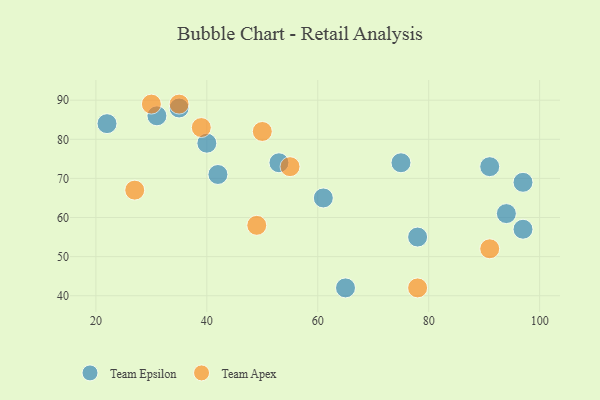
{"axis": {"x": "GDP", "y": "Life Expectancy"}, "legend": ["Team Apex", "Team Epsilon"], "data": [{"x": "97", "y": 57, "type": "Team Epsilon"}, {"x": "22", "y": 84, "type": "Team Epsilon"}, {"x": "42", "y": 71, "type": "Team Epsilon"}, {"x": "78", "y": 55, "type": "Team Epsilon"}, {"x": "97", "y": 69, "type": "Team Epsilon"}, {"x": "53", "y": 74, "type": "Team Epsilon"}, {"x": "31", "y": 86, "type": "Team Epsilon"}, {"x": "35", "y": 88, "type": "Team Epsilon"}, {"x": "75", "y": 74, "type": "Team Epsilon"}, {"x": "61", "y": 65, "type": "Team Epsilon"}, {"x": "91", "y": 73, "type": "Team Epsilon"}, {"x": "94", "y": 61, "type": "Team Epsilon"}, {"x": "40", "y": 79, "type": "Team Epsilon"}, {"x": "65", "y": 42, "type": "Team Epsilon"}, {"x": "50", "y": 82, "type": "Team Apex"}, {"x": "55", "y": 73, "type": "Team Apex"}, {"x": "39", "y": 83, "type": "Team Apex"}, {"x": "30", "y": 89, "type": "Team Apex"}, {"x": "91", "y": 52, "type": "Team Apex"}, {"x": "49", "y": 58, "type": "Team Apex"}, {"x": "35", "y": 89, "type": "Team Apex"}, {"x": "27", "y": 67, "type": "Team Apex"}, {"x": "78", "y": 42, "type": "Team Apex"}]}